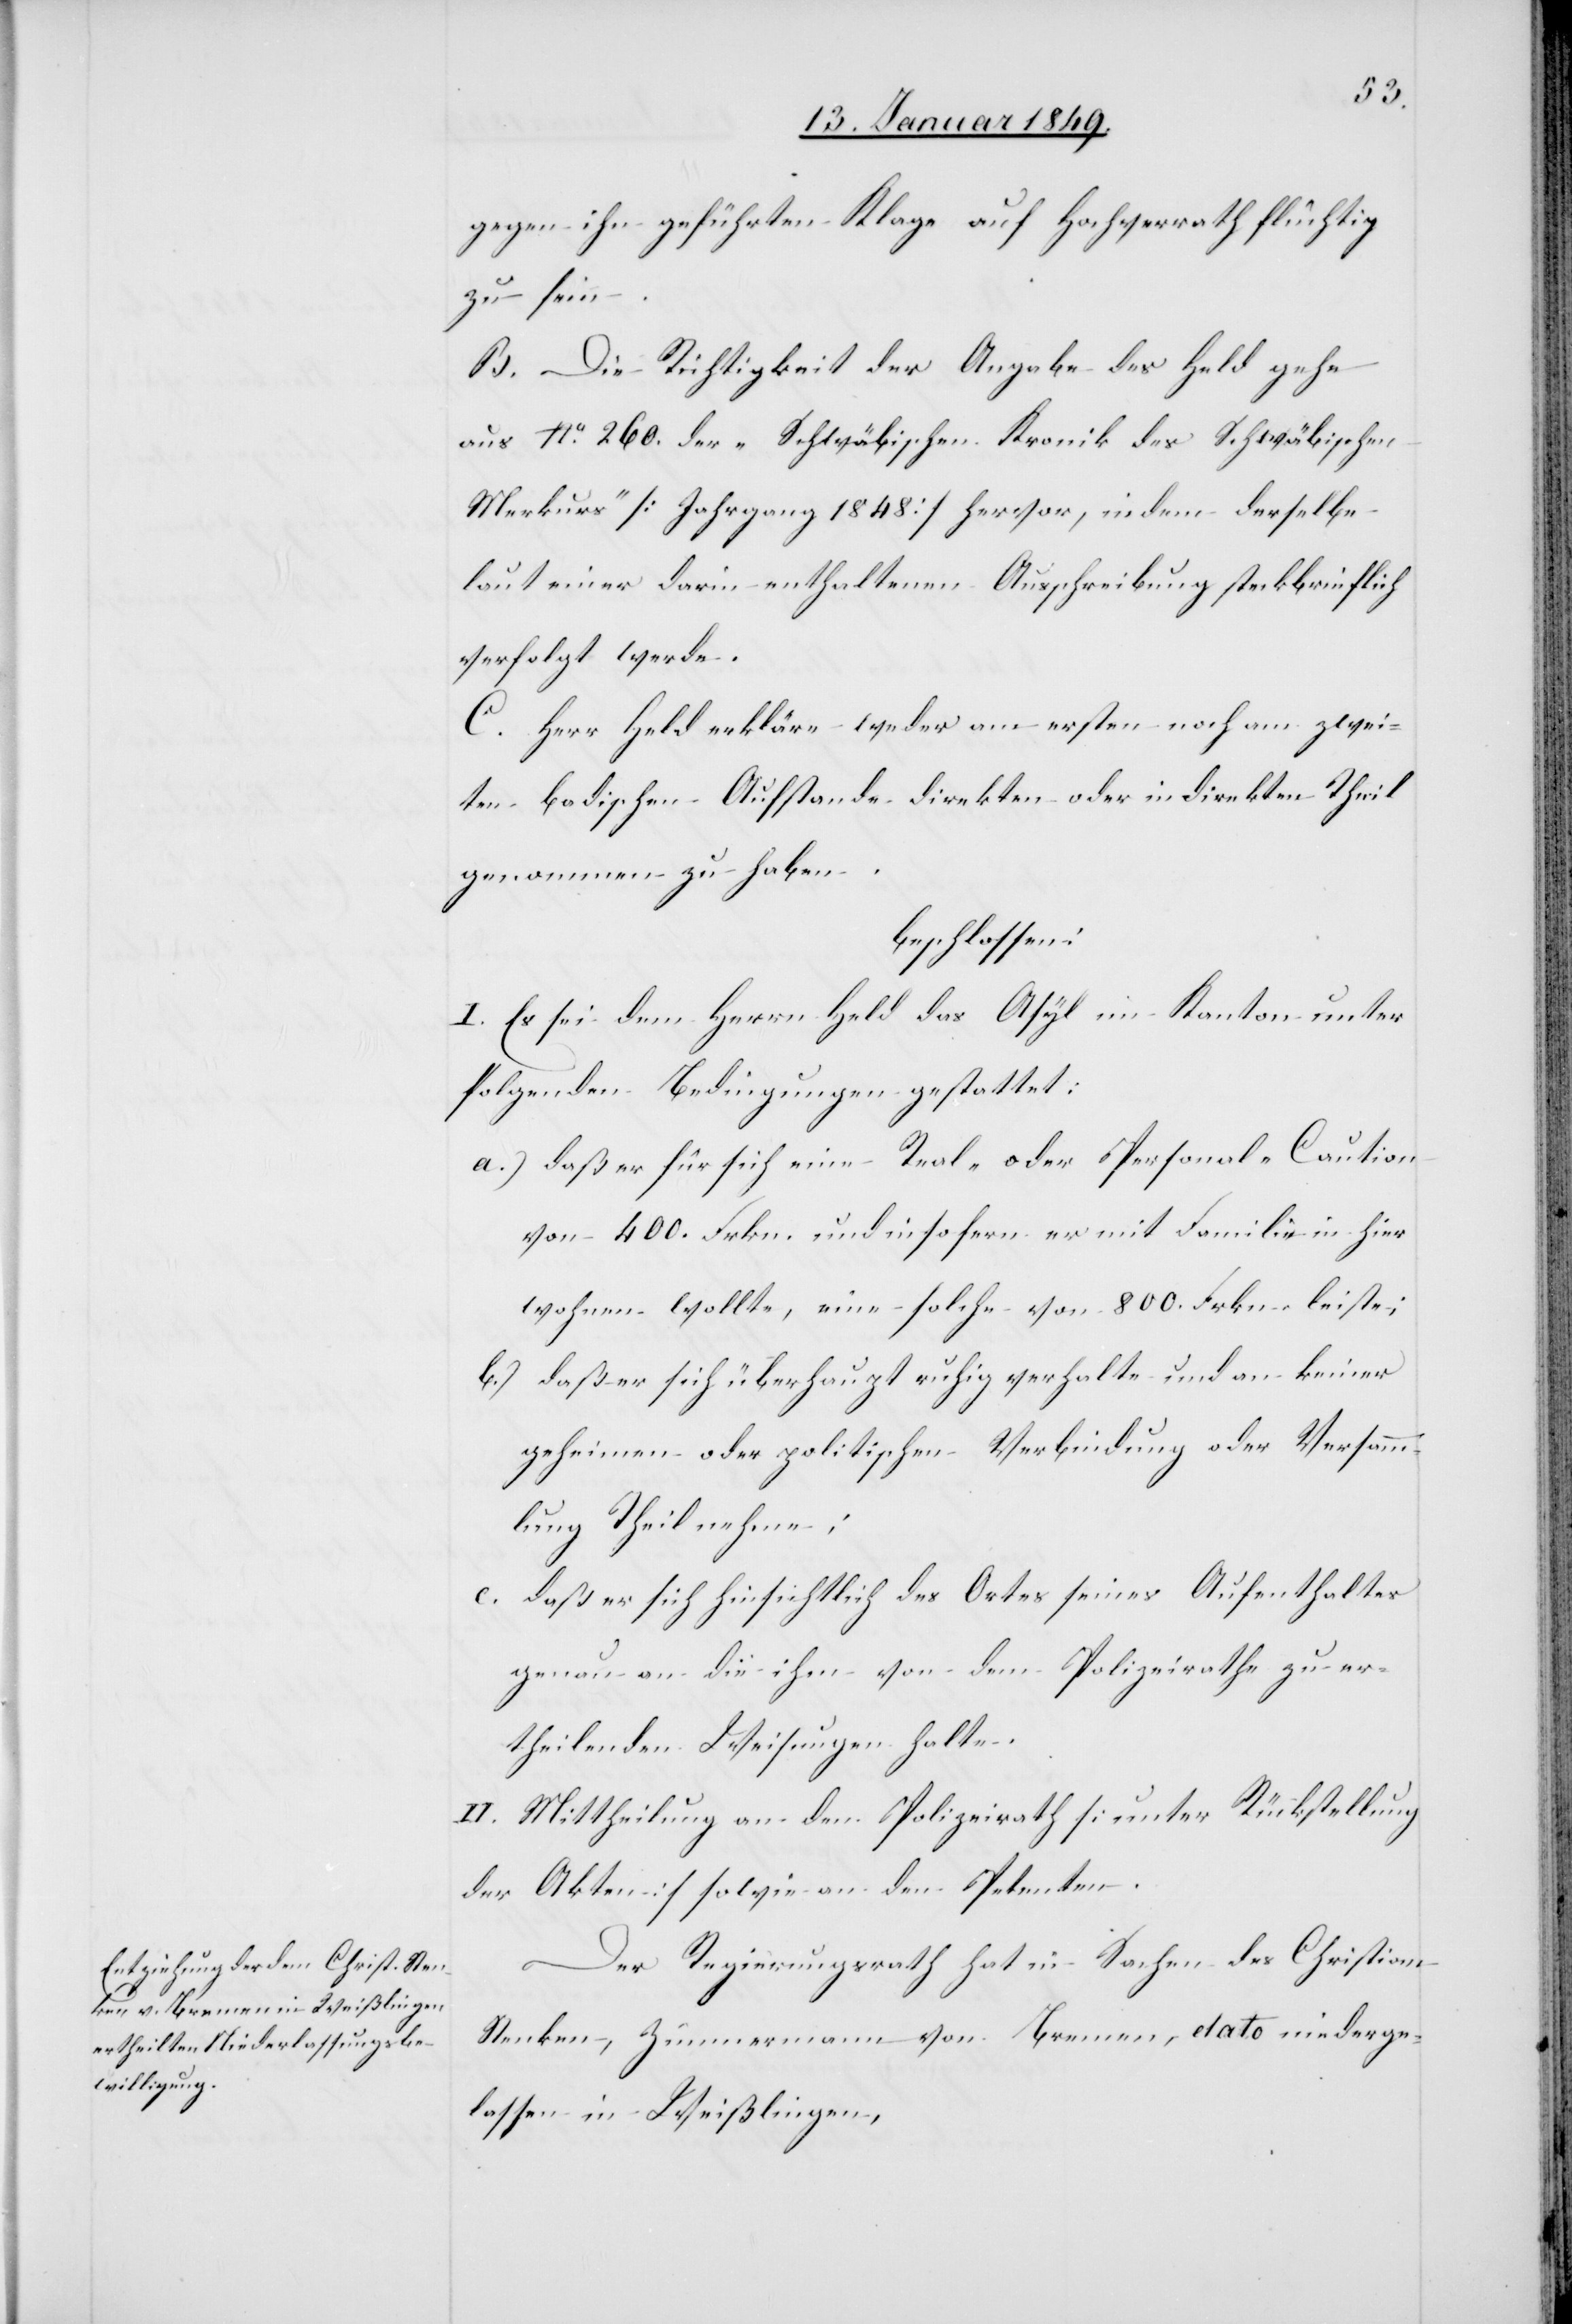
gegen ihn geführten Klage auf Hochverrath flüchtig
zu sein.
B. Die Richigkeit der Angabe des Held gehe
aus No. 260. der „Schwäbischen Kronik des Schwäbischen
Merkurs“ [Jahrgang 1848] hervor, indem derselbe
laut einer darin enthaltenen Ausschreibung steckbrieflich
verfolgt werde.
C. Herr Held erkläre weder am ersten noch am zwei¬
ten badischen Aufstande direkten oder indirekten Theil
genommen zu haben.
beschlossen:
I. Es sei dem Herrn Held das Asyl im Kanton unter
folgenden Bedingungen gestattet:
a.) daß er für sich eine Real- oder Personal-Caution
von 400. Frkn. und insofern er mit Familie in hier
wohnen sollte, eine solche von 800. Frkn. leiste;
b.) daß er sich überhaupt ruhig verhalte und an keiner
geheimen oder politischen Verbindung oder Versamm¬
lung Theil nehme;
c. daß er sich hinsichtlich des Ortes seines Aufenthaltes
genau an die ihm von dem Polizeirathe zu er¬
theilenden Weisungen halte.
II. Mittheilung an den Polizeirath [unter Rückstellung
der Akten] sowie an den Petenten.
Der Regierungsrath hat in Sachen des Christian
Stenken, Zimmermann von Bremen, dato niederge¬
lassen in Weißlingen,